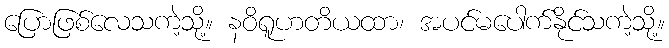
ပြောဖြစ်လေသကဲ့သို့။ နဝိရူဟတိယထာ၊ အပင်မပေါက်နိုင်သကဲ့သို့။